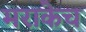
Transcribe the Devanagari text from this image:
मराकेच